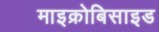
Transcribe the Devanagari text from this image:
माइक्रोबिसाइड